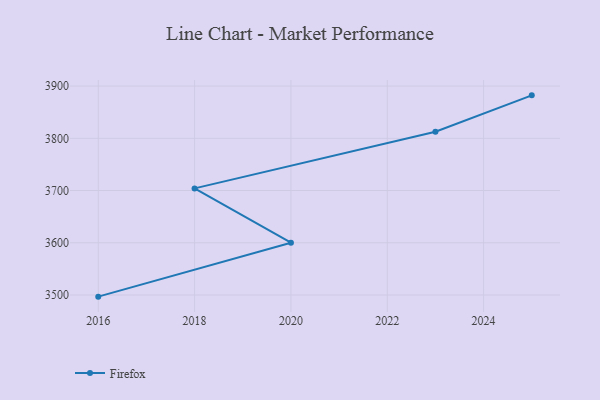
{"axis": {"x": "Year", "y": "Satisfaction Score"}, "legend": ["Firefox"], "data": [{"x": "2025", "y": 3882.2, "type": "Firefox"}, {"x": "2023", "y": 3812.5, "type": "Firefox"}, {"x": "2018", "y": 3704.1, "type": "Firefox"}, {"x": "2020", "y": 3600.1, "type": "Firefox"}, {"x": "2016", "y": 3496.9, "type": "Firefox"}]}